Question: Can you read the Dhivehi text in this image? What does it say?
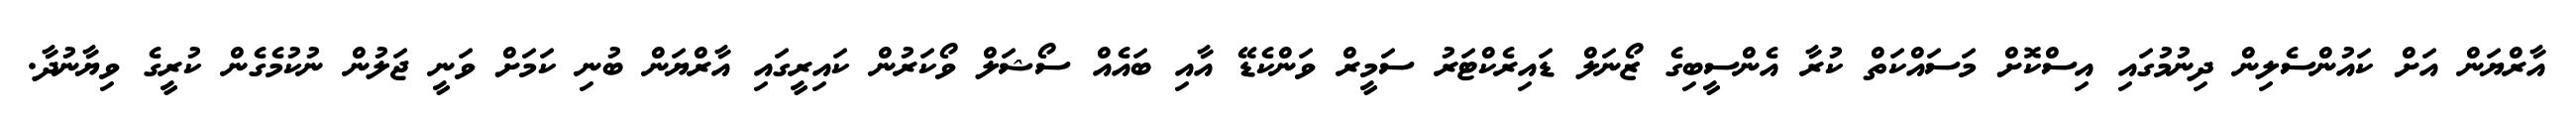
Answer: އާރްޔަން އަށް ކައުންސެލިން ދިނުމުގައި އިސްކޮށް މަސައްކަތް ކުރާ އެންސީބިގެ ޒޯނަލް ޑައިރެކްޓަރު ސަމީރް ވަންކެޑޭ އާއި ބައެއް ސޯޝަލް ވޯކަރުން ކައިރީގައި އާރްޔަން ބުނި ކަމަށް ވަނީ ޖަލުން ނުކުމެގެން ކުރީގެ ވިޔާނުދާ.